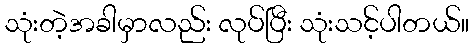
သုံးတဲ့အခါမှာလည်း လုပ်ပြီး သုံးသင့်ပါတယ်။